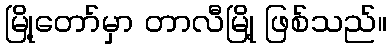
မြို့တော်မှာ တာလီမြို့ ဖြစ်သည်။